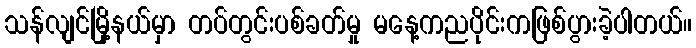
သန်လျင်မြို့နယ်မှာ တပ်တွင်းပစ်ခတ်မှု မနေ့ကညပိုင်းကဖြစ်ပွားခဲ့ပါတယ်။